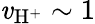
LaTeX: \mathit{v}_{\mathrm{{H^{+}}}}\sim1